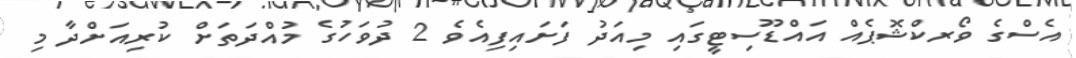
އެސްގެ ވޯރކްޝޮޕެއް އައްޑޫސިޓީގައި މިއަދު ފަށައިފިއެވެ 2 ދުވަހުގެ މުއްދަތަށް ކުރިއަށްދާ މި